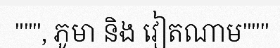
""", ភូមា និង វៀតណាម"""